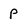
Character: P